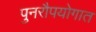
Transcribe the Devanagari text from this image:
पुनरौपयोगात